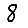
Digit: 8